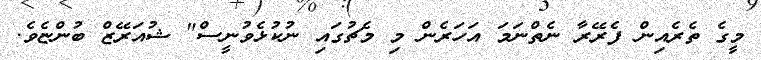
މީގެ ތެރެއިން ފެރޭރާ ނެތްނަމަ އަހަރެން މި މެޗުގައި ނުކުޅެވުނީސް" ޝުއަރޭޒް ބުންޏެވެ.